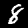
Digit: 8